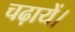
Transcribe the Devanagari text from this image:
चढ़ायें।